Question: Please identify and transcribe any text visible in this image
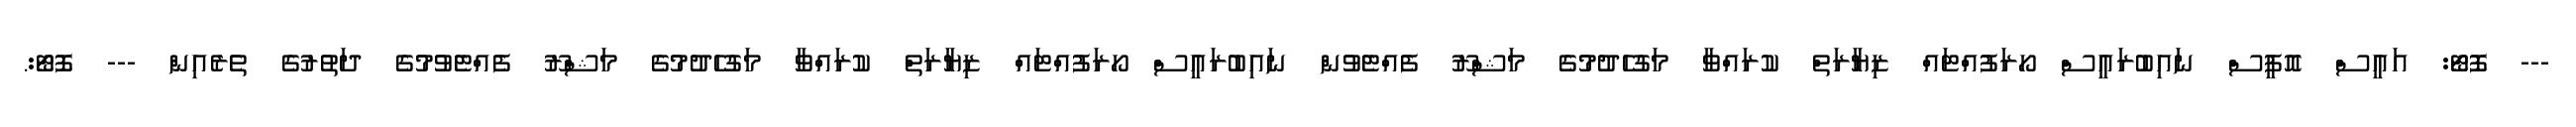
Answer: --- ފޮޓޯ: އައީސް އޮފީސް ނައިބުރައީސް ހޯރަފުއްޓައް ޒިޔާރަތް ކުރައްވާ މަގުހެދުމުގެ މަޝްރޫ ފެއްޓެވުން ނައިބުރައީސް ހޯރަފުއްޓައް ޒިޔާރަތް ކުރައްވާ މަގުހެދުމުގެ މަޝްރޫ ފެއްޓެވުމުގެ ދަތުރުގެ ތެރެއިން --- ފޮޓޯ:.